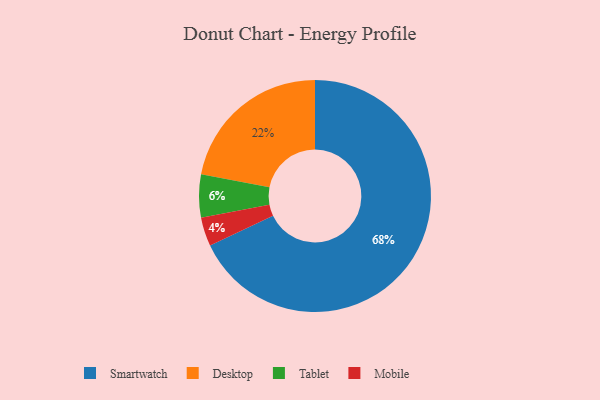
{"axis": {"x": "Category", "y": "Percentage"}, "legend": ["Desktop", "Mobile", "Smartwatch", "Tablet"], "data": [{"x": "Smartwatch", "y": 68, "type": "Smartwatch"}, {"x": "Desktop", "y": 22, "type": "Desktop"}, {"x": "Mobile", "y": 4, "type": "Mobile"}, {"x": "Tablet", "y": 6, "type": "Tablet"}]}